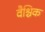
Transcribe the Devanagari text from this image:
वैश्चिक